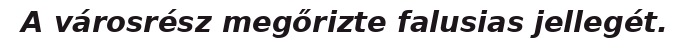
A városrész megőrizte falusias jellegét.